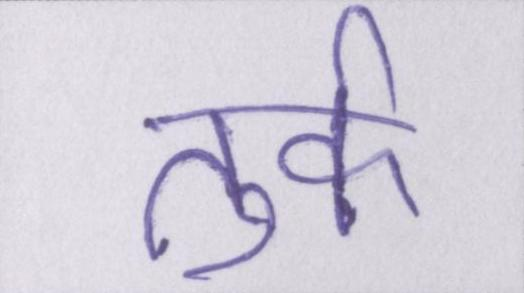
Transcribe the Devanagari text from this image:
तुर्क